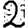
Digit: 2